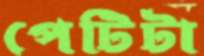
পেটিটা